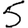
Digit: 5